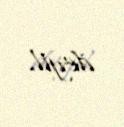
deyil.